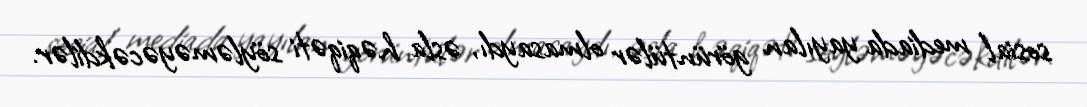
sosial mediada yayılan görüntülər olmasaydı, əsla həqiqəti söyləməyəcəkdilər.